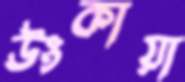
উংকায়া